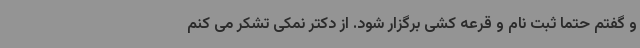
و گفتم حتما ثبت نام و قرعه کشی برگزار شود. از دکتر نمکی تشکر می کنم